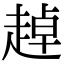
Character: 趠